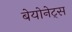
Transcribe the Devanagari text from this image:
बेयोनेट्स